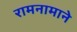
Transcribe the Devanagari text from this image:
रामनामाने